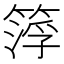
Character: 𥰛